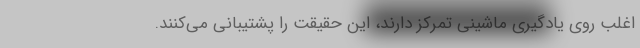
اغلب روی یادگیری ماشینی تمرکز دارند، این حقیقت را پشتیبانی می‌کنند.